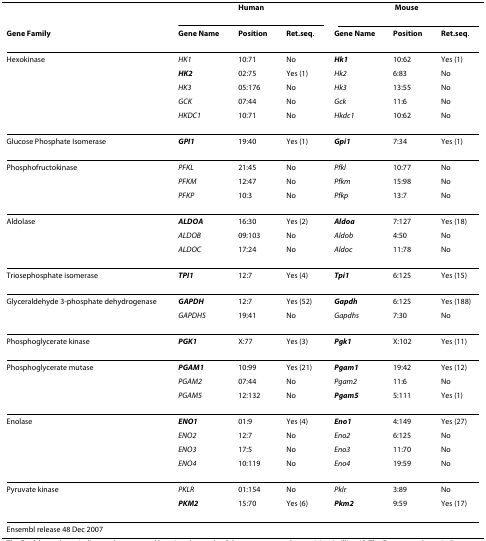
|  | <COLSPAN=3> Human | <COLSPAN=3> Mouse |
 | Gene Family | Gene Name | Position | Ret.seq. | Gene Name | Position | Ret.seq. |
 | --- | --- | --- | --- | --- | --- | --- |
 | Hexokinase | HK1 | 10:71 | No | Hk1 | 10:62 | Yes (1) |
 |  | HK2 | 02:75 | Yes (1) | Hk2 | 6:83 | No |
 |  | HK3 | 05:176 | No | Hk3 | 13:55 | No |
 |  | GCK | 07:44 | No | Gck | 11:6 | No |
 |  | HKDC1 | 10:71 | No | Hkdc1 | 10:62 | No |
 | Glucose Phosphate Isomerase | GPI1 | 19:40 | Yes (1) | Gpi1 | 7:34 | Yes (1) |
 | Phosphofructokinase | PFKL | 21:45 | No | Pfkl | 10:77 | No |
 |  | PFKM | 12:47 | No | Pfkm | 15:98 | No |
 |  | PFKP | 10:3 | No | Pfkp | 13:7 | No |
 | Aldolase | ALDOA | 16:30 | Yes (2) | Aldoa | 7:127 | Yes (18) |
 |  | ALDOB | 09:103 | No | Aldob | 4:50 | No |
 |  | ALDOC | 17:24 | No | Aldoc | 11:78 | No |
 | Triosephosphate isomerase | TPI1 | 12:7 | Yes (4) | Tpi1 | 6:125 | Yes (15) |
 | Glyceraldehyde 3-phosphate dehydrogenase | GAPDH | 12:7 | Yes (52) | Gapdh | 6:125 | Yes (188) |
 |  | GAPDHS | 19:41 | No | Gapdhs | 7:30 | No |
 | Phosphoglycerate kinase | PGK1 | X:77 | Yes (3) | Pgk1 | X:102 | Yes (11) |
 | Phosphoglycerate mutase | PGAM1 | 10:99 | Yes (21) | Pgam1 | 19:42 | Yes (12) |
 |  | PGAM2 | 07:44 | No | Pgam2 | 11:6 | No |
 |  | PGAM5 | 12:132 | No | Pgam5 | 5:111 | Yes (1) |
 | Enolase | ENO1 | 01:9 | Yes (4) | Eno1 | 4:149 | Yes (27) |
 |  | ENO2 | 12:7 | No | Eno2 | 6:125 | No |
 |  | ENO3 | 17:5 | No | Eno3 | 11:70 | No |
 |  | ENO4 | 10:119 | No | Eno4 | 19:59 | No |
 | Pyruvate kinase | PKLR | 01:154 | No | Pklr | 3:89 | No |
 |  | PKM2 | 15:70 | Yes (6) | Pkm2 | 9:59 | Yes (17) |
 | Ensembl release 48 Dec 2007 |  |  |  |  |  |  |